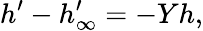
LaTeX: h^{\prime}-h_{\infty}^{\prime}=-Yh,